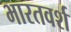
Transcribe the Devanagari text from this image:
भारतवर्श